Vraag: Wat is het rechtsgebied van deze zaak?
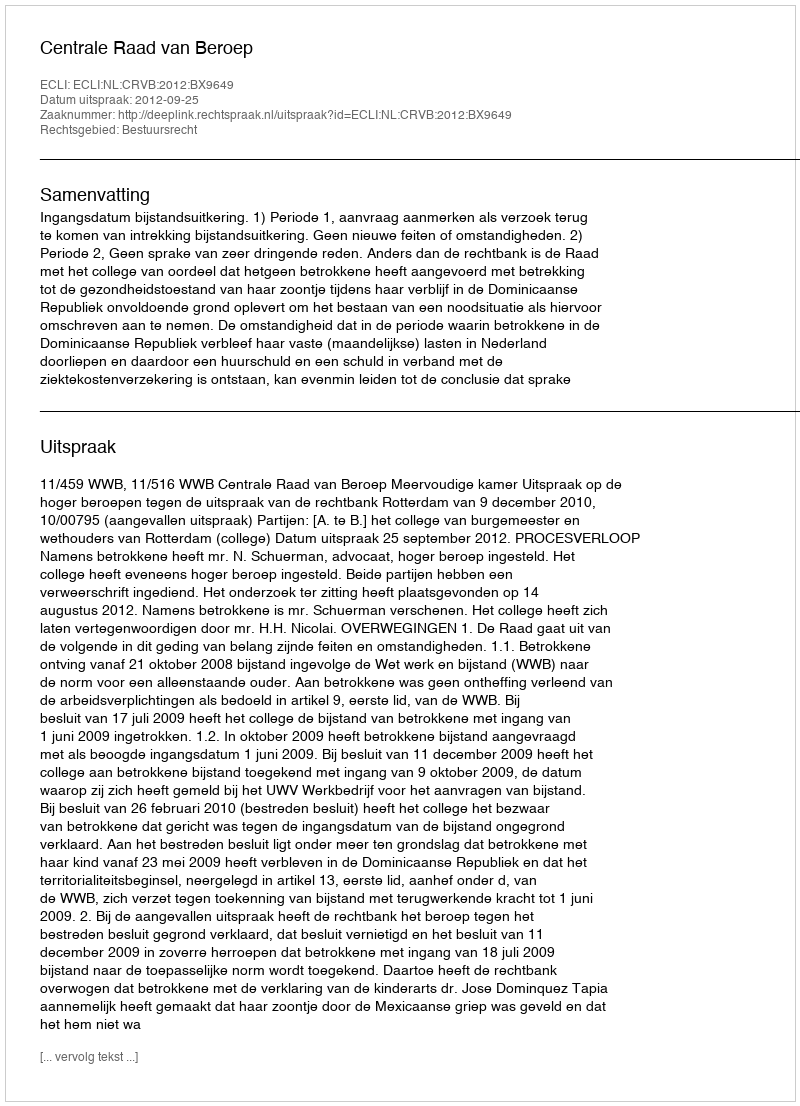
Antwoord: Bestuursrecht